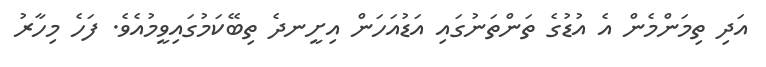
އަދި ތިމަންމެން އެ އުޑުގެ ތަންތަނުގައި އަޑުއަހަން އިށީނދެ ތިބޭކަމުގައިވީމުއެވެ. ފަހެ މިހާރު